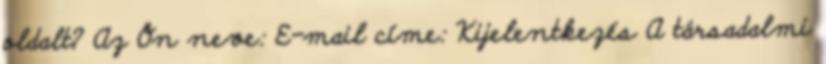
oldalt? Az Ön neve: E-mail címe: Kijelentkezés A társadalmi